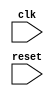
module ahb_bus_controller (
    input wire clk,
    input wire reset,
    // other input and output ports
    
    // Timing control and synchronization blocks
);

// Verilog code for Timing control and synchronization blocks
// Generating clock signals
reg clk_out;

// Clock generation module
always @ (posedge clk, posedge reset)
begin
    if (reset) begin
        clk_out <= 1'b0;
    end else begin
        clk_out <= ~clk_out;
    end
end

// Synchronization between modules
// Example of synchronization between two modules
reg [7:0] data_in;
reg [7:0] data_out;

always @ (posedge clk_out)
begin
    // Synchronize data from input module to output module
    data_out <= data_in;
end

// Data transfer management
// Example of managing data transfer between two modules
always @ (posedge clk_out)
begin
    // Read data from input module
    data_in <= input_data;
    
    // Process data
    
    // Write processed data to output module
    output_data <= processed_data;
end

// Handling timing issues
// Example of handling clock skew
reg [7:0] data_delayed;

always @ (posedge clk_out)
begin
    // Introduce delay in data transfer
    data_delayed <= data_in;
    // Use delayed data for processing or transferring to output module
end

endmodule